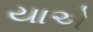
યાએ